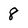
Character: 8